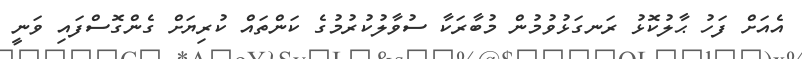
އެއަށް ފަހު ޙާލުކޮޅު ރަނގަޅުވުމުން މުބާރަކާ ސުވާލުކުރުމުގެ ކަންތައް ކުރިޔަށް ގެންގޮސްފައި ވަނީ